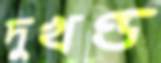
দুখণ্ড